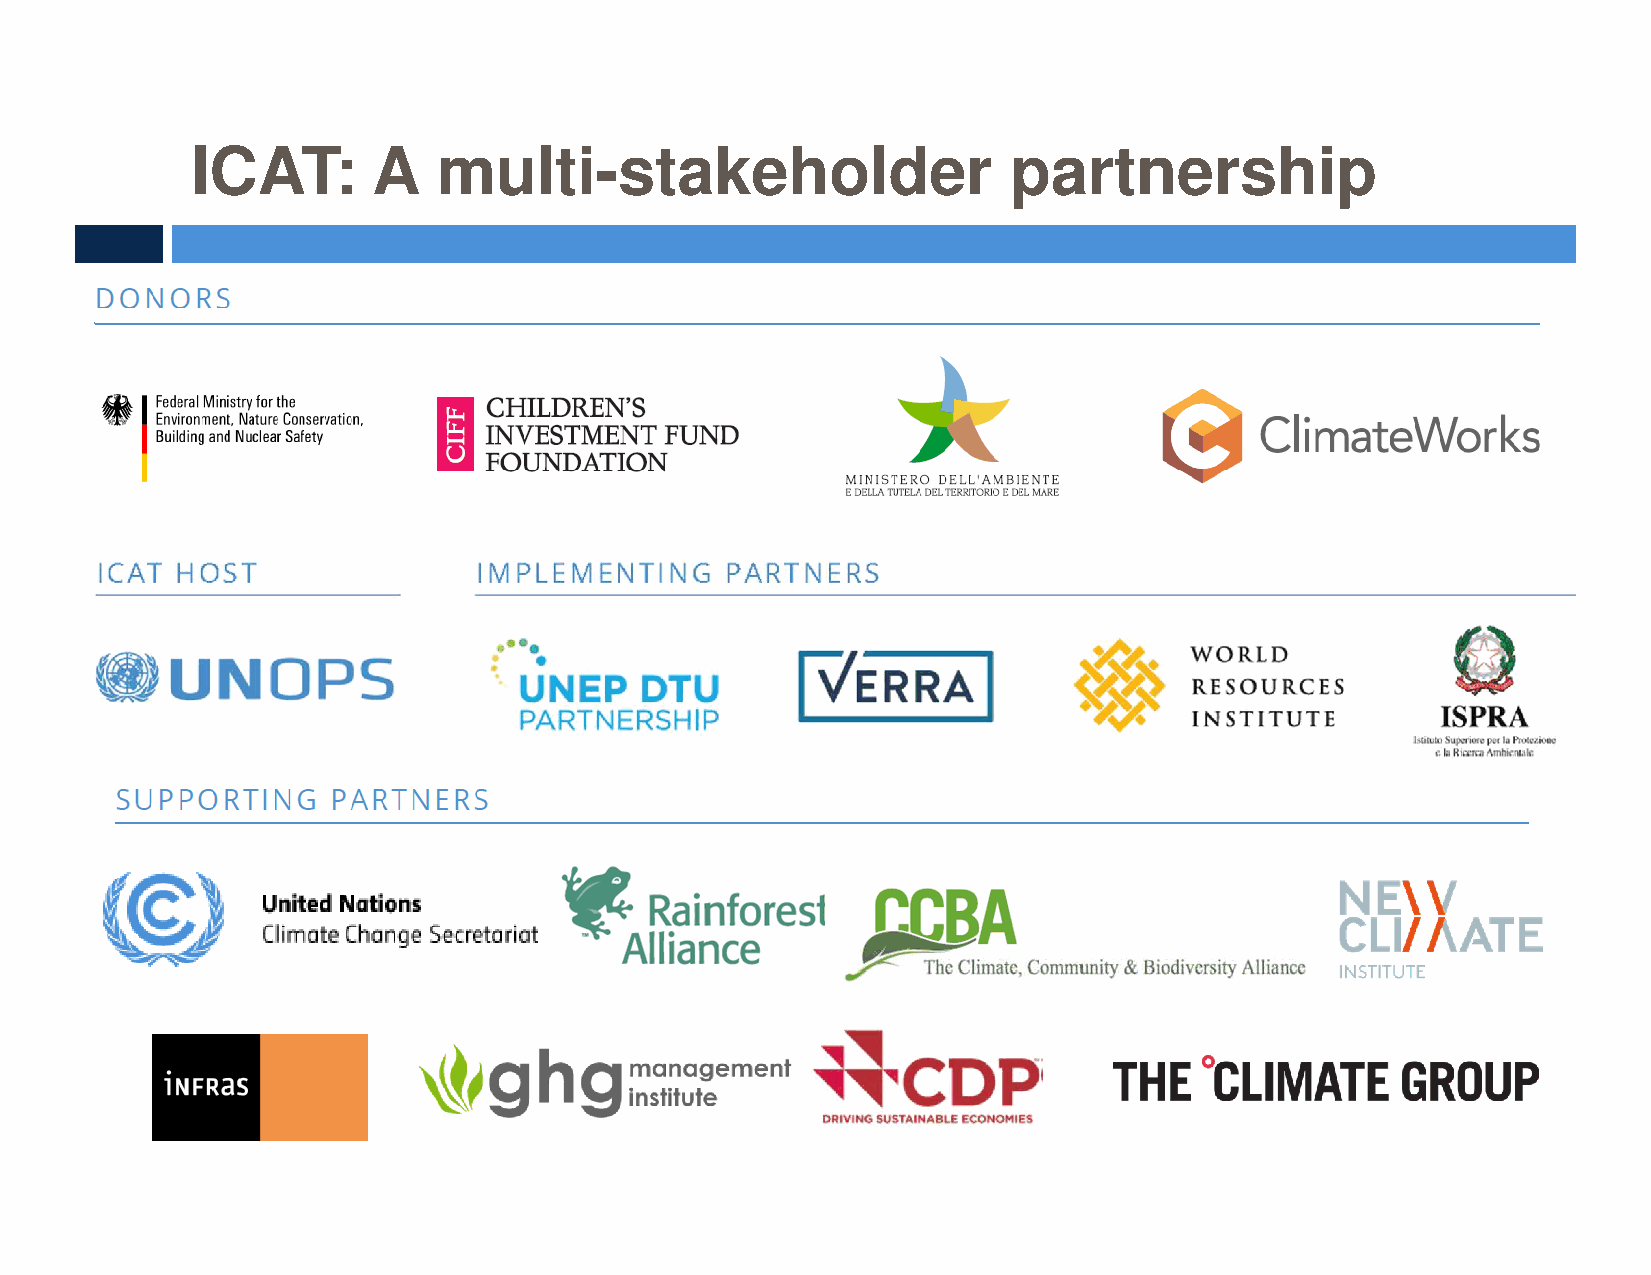
ICAT:       A   multi-stakeholder                     partnership